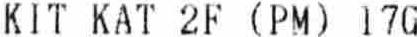
KIT KAT 2F (PM) 17G